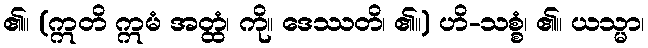
၏။ (ဣတိ ဣမံ အတ္ထံ၊ ကို။ ဒေဿတိ၊ ၏။) ဟိ-သစ္စံ၊ ၏။ ယသ္မာ၊